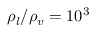
\rho _ { l } / \rho _ { v } = 1 0 ^ { 3 }